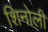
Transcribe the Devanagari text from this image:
शिनोली